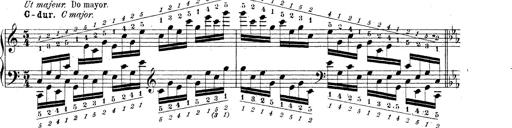
Title: Technische Studien
Composer: Franz Liszt